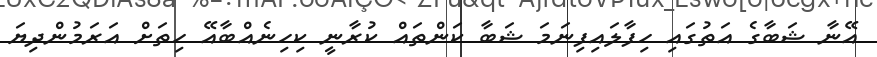
އޭނާ ޝަބާގެ އަތުގައި ހިފާލައިފިނަމަ ޝަބާ ކަންތައް ކުރާނީ ކިހިނެއްބާއޭ ހިތަށް އަރަމުންދިޔަ